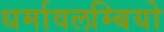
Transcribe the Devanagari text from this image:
धर्मावलम्बियो